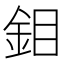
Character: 鉬